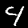
Digit: 4